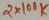
Text: 2X100K